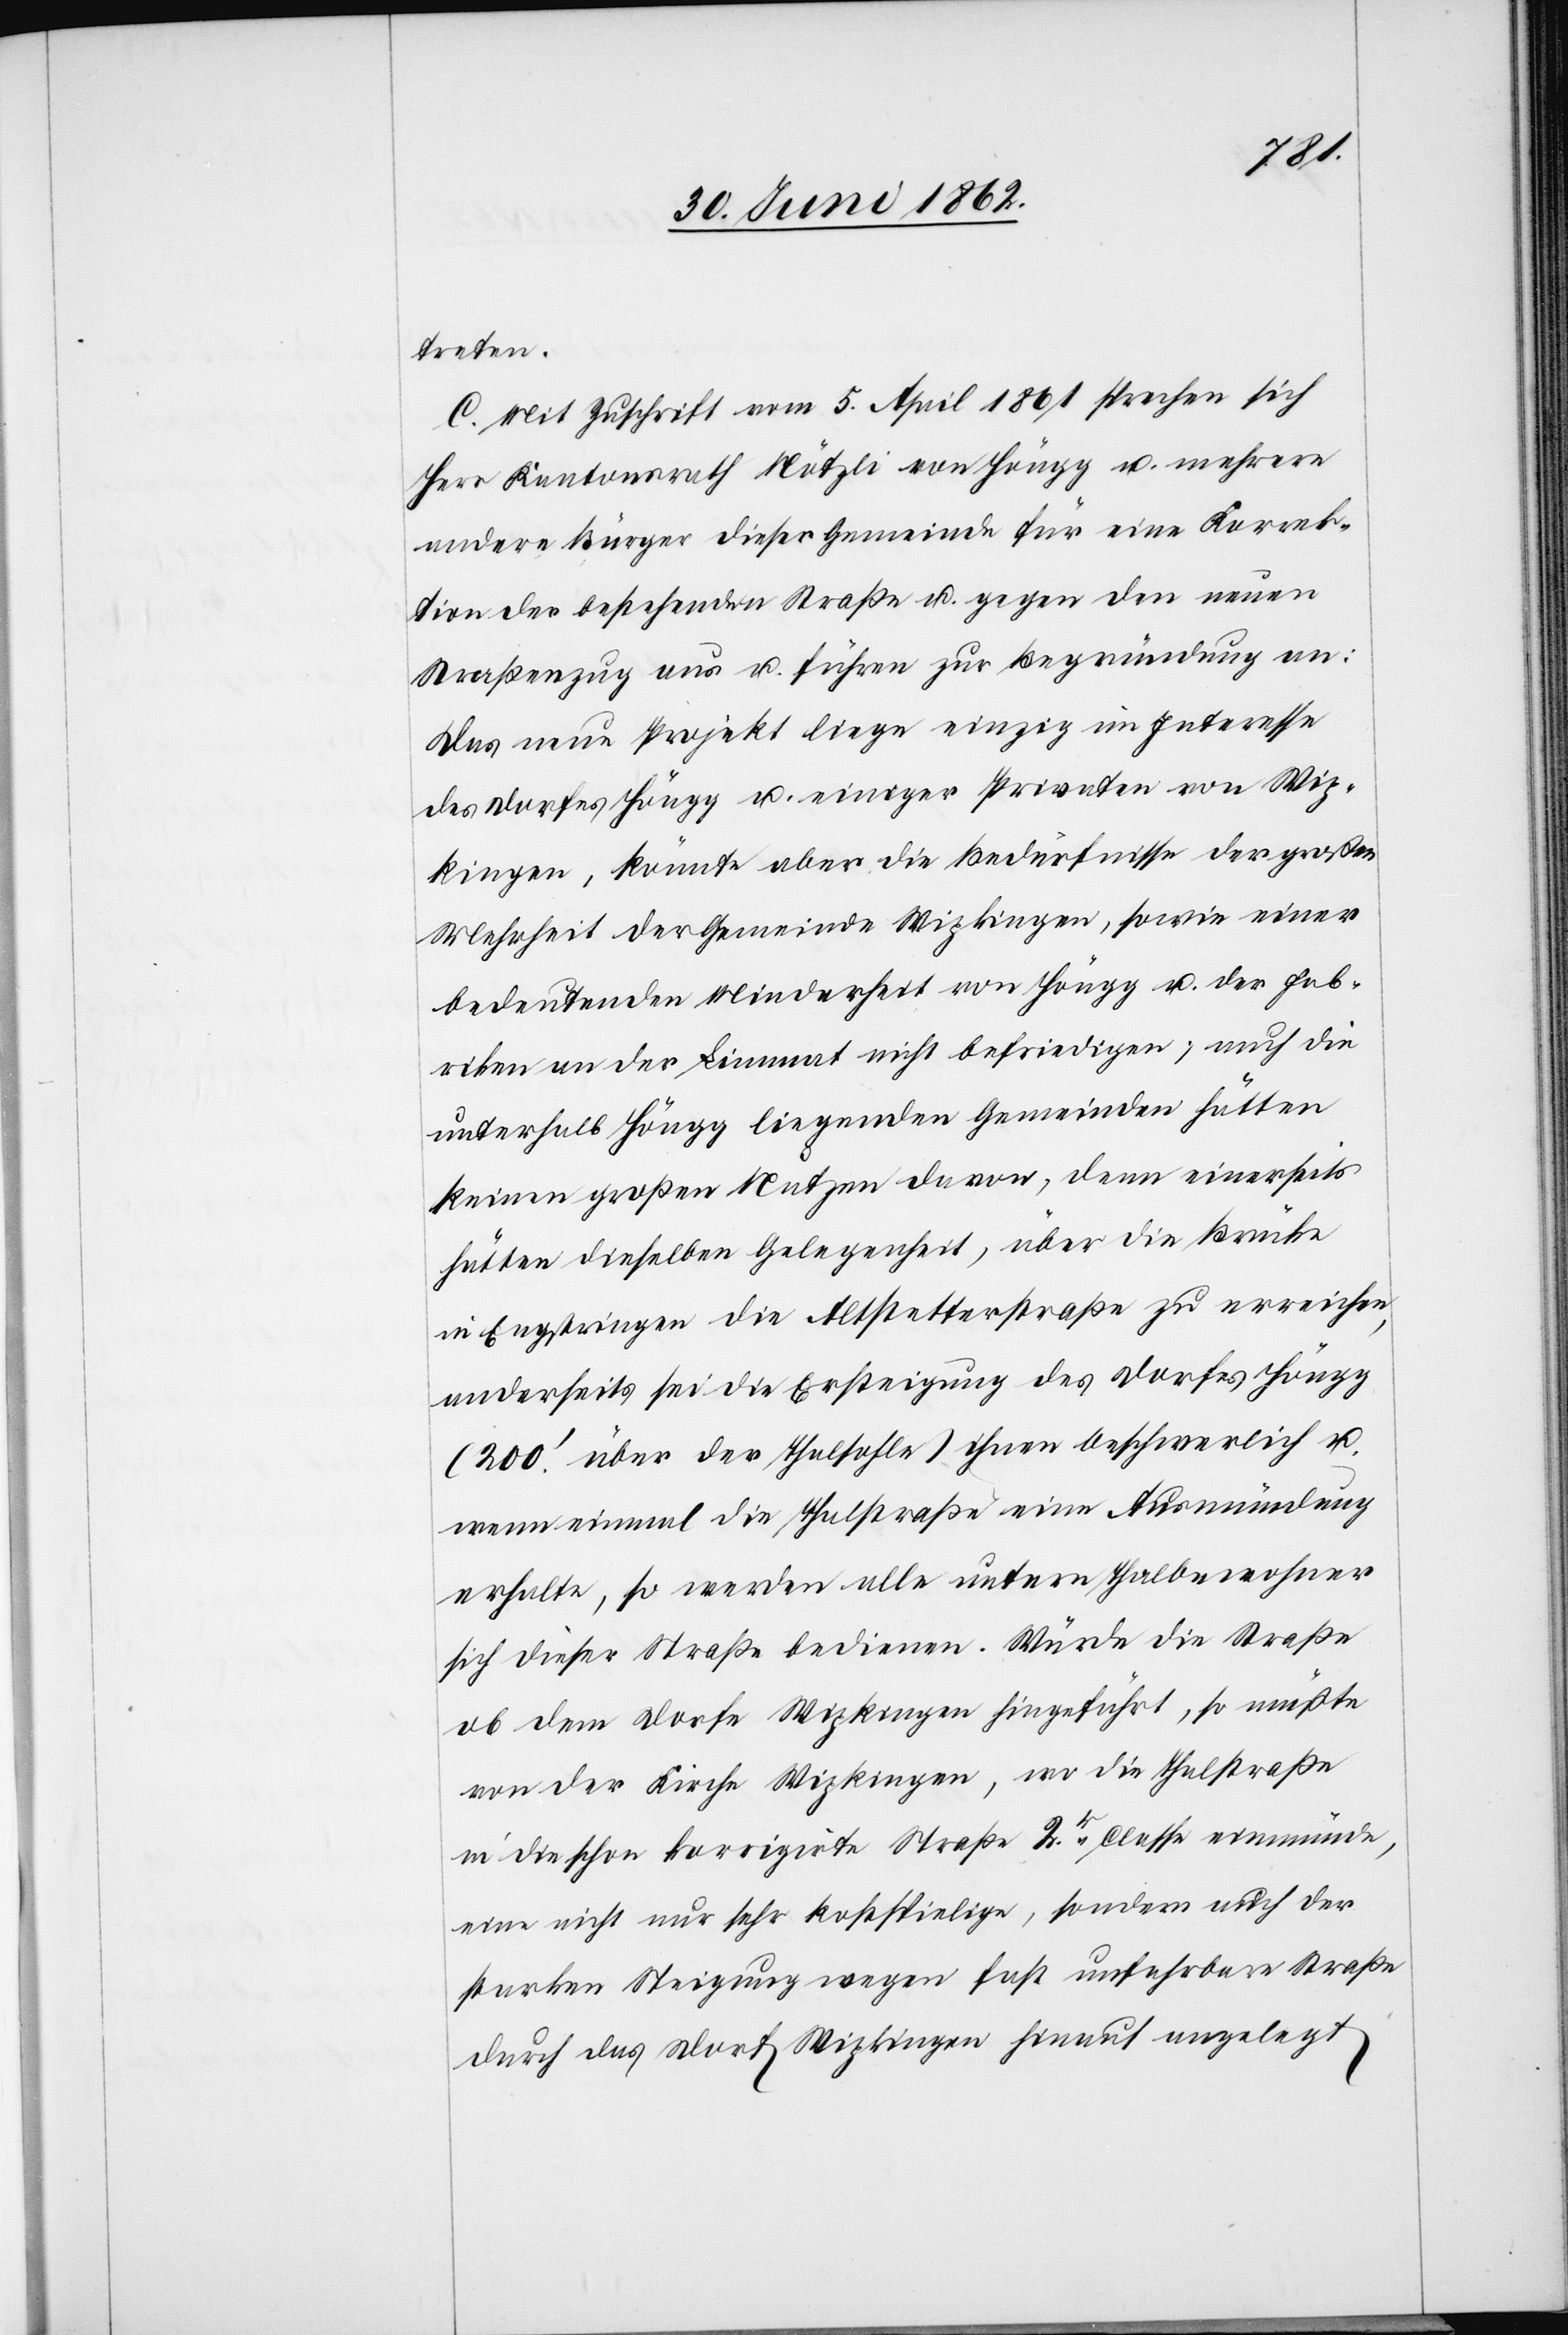
treten.
C. Mit Zuschrift vom 5. April 1861 sprechen sich
Herr Kantonsrath Nötzli von Höngg u. mehrere
andere Bürger dieser Gemeinde für eine Korrek¬
tion der bestehenden Straße u. gegen den neuen
Straßenzug aus u. führen zur Begründung an:
Das neue Projekt liege einzig im Interesse
des Dorfes Höngg u. einiger Privaten von Wip¬
kingen, könnte aber die Bedürfnisse der großen
Mehrheit der Gemeinde Wipkingen, sowie einer
bedeutenden Minderheit von Höngg u. der Fab¬
riken an der Limmat nicht befriedigen, auch die
unterhalb Höngg liegenden Gemeinden hätten
keinen großen Nutzen davon, denn einerseits
hätten dieselben Gelegenheit, über die Brücke
in Engstringen die Altstetterstraße zu erreichen,
anderseits sei die Ersteigung des Dorfes Höngg
(200’ über der Thalsohle) ihnen beschwerlich u.
wenn einmal die Thalstraße eine Ausmündung
erhalte, so werden alle untern Thalbewohner
sich dieser Straße bedienen. Würde die Straße
ob dem Dorfe Wipkingen hingeführt, so müßte
von der Kirche Wipkingen, wo die Thalstraße
in die schon korrigirte Straße 2r Classe einmünde,
eine nicht nur sehr kostspielige, sondern auch der
starken Steigung wegen fast unfahrbare Straße
durch das Dorf Wipkingen hinauf angelegt